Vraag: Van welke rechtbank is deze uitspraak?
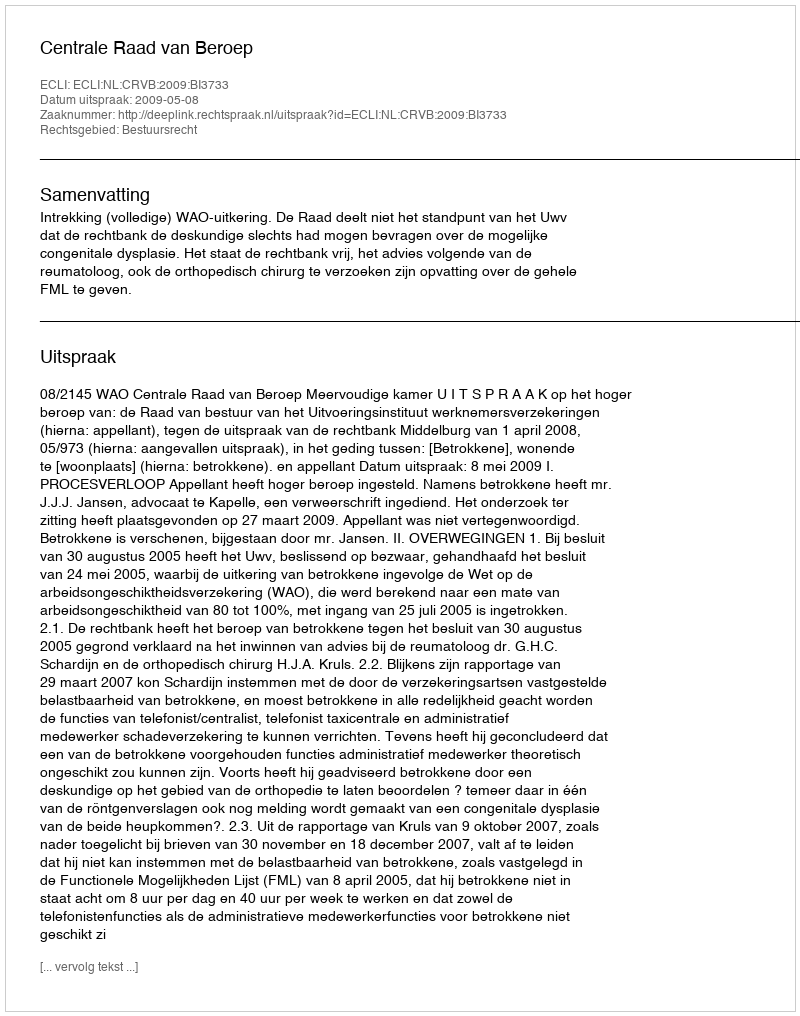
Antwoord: Centrale Raad van Beroep